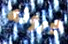
يرونه